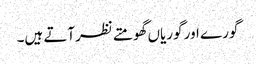
گورے اور گوریاں گھومتے نظرآتے ہیں۔